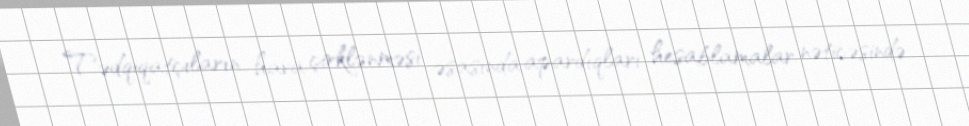
Tədqiqatçıların hava çirklənməsi əsasında apardıqları hesablamalar nəticəsində